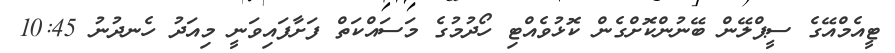
ޓީއެމްއޭގެ ސީޕްލޭން ބޭނުންކޮށްގެން ކޮޅުވެއްޓި ހޯދުމުގެ މަސައްކަތް ފަށާފައިވަނީ މިއަދު ހެނދުނު 10:45